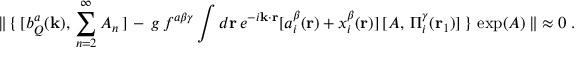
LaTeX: { \| } \, \{ \, [ b _ { Q } ^ { a } ( { \bf { k } } ) , \, \sum _ { n = 2 } ^ { \infty } { \cal A } _ { n } \, ] \, - \, g \, f ^ { a \beta \gamma } \int d { \bf { r } } \, e ^ { - i { \bf { k \cdot r } } } [ a _ { i } ^ { \beta } ( { \bf { r } } ) + x _ { i } ^ { \beta } ( { \bf { r } } ) ] \, [ { \cal A } , \, \Pi _ { i } ^ { \gamma } ( { \bf r } _ { 1 } ) ] \, \} \, \exp ( { \cal A } ) \, { \| } \approx 0 \; .